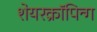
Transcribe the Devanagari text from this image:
शेयरक्रॉपिन्ग